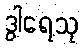
ဒွါရေသု